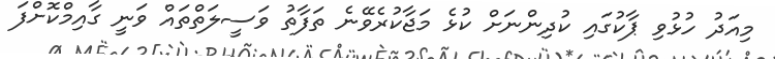
މިއަދު ހުޅުވި ޕާކުގައި ކުދިންނަށް ކުޅެ މަޖާކުރެވޭނެ ތަފާތު ވަސީލަތްތައް ވަނީ ގާއިމްކޮށްފަ